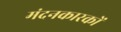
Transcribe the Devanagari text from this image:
मंदनकारकों